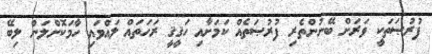
ފުރުޞަތަކީ ވަރަށް ބޭނުންތެރި ފުރުޞަތެއް ކަމަށާއި ހަޤީޤީ ރަހަތައް ލައްވައި ހާމަކޮށްލަން ލިބޭ